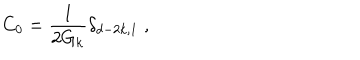
C _ { 0 } = \frac { 1 } { 2 G _ { k } } \delta _ { d - 2 k , 1 } \; ,